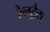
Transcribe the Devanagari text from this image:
रेलट्रैक